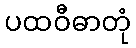
ပထဝီဓာတုံ